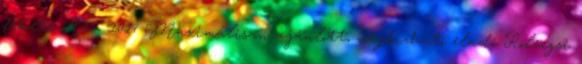
fekete A5 - 2017 Maximálisan ajánlott, megbízható eladó Roleegsi